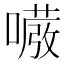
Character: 𭋇